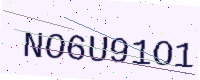
Text: NO6U91O1